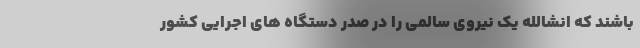
باشند که انشالله یک نیروی سالمی را در صدر دستگاه های اجرایی کشور